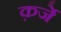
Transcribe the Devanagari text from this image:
क़र्जे